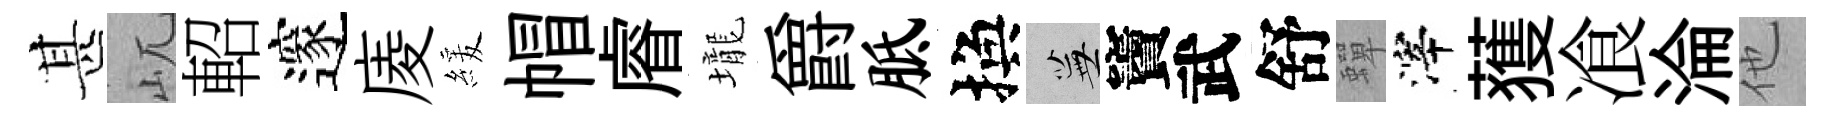
甚屼軺邃庱緩帽𥈠壠爵胝換蕪竇武舒蟬滓𫉬飡淪他